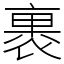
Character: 裹